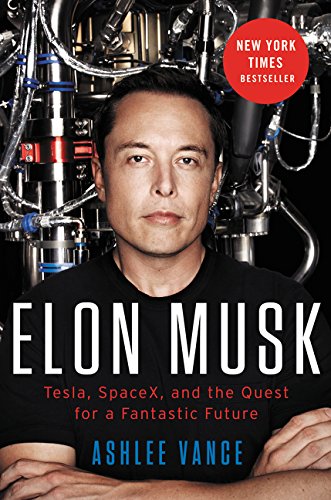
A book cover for Elon Musk: Tesla, SpaceX, and the Quest for a Fantastic Future; Ashlee Vance; Engineering & Transportation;